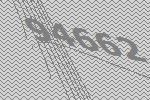
94662